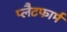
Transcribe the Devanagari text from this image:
प्‍लैटफार्म